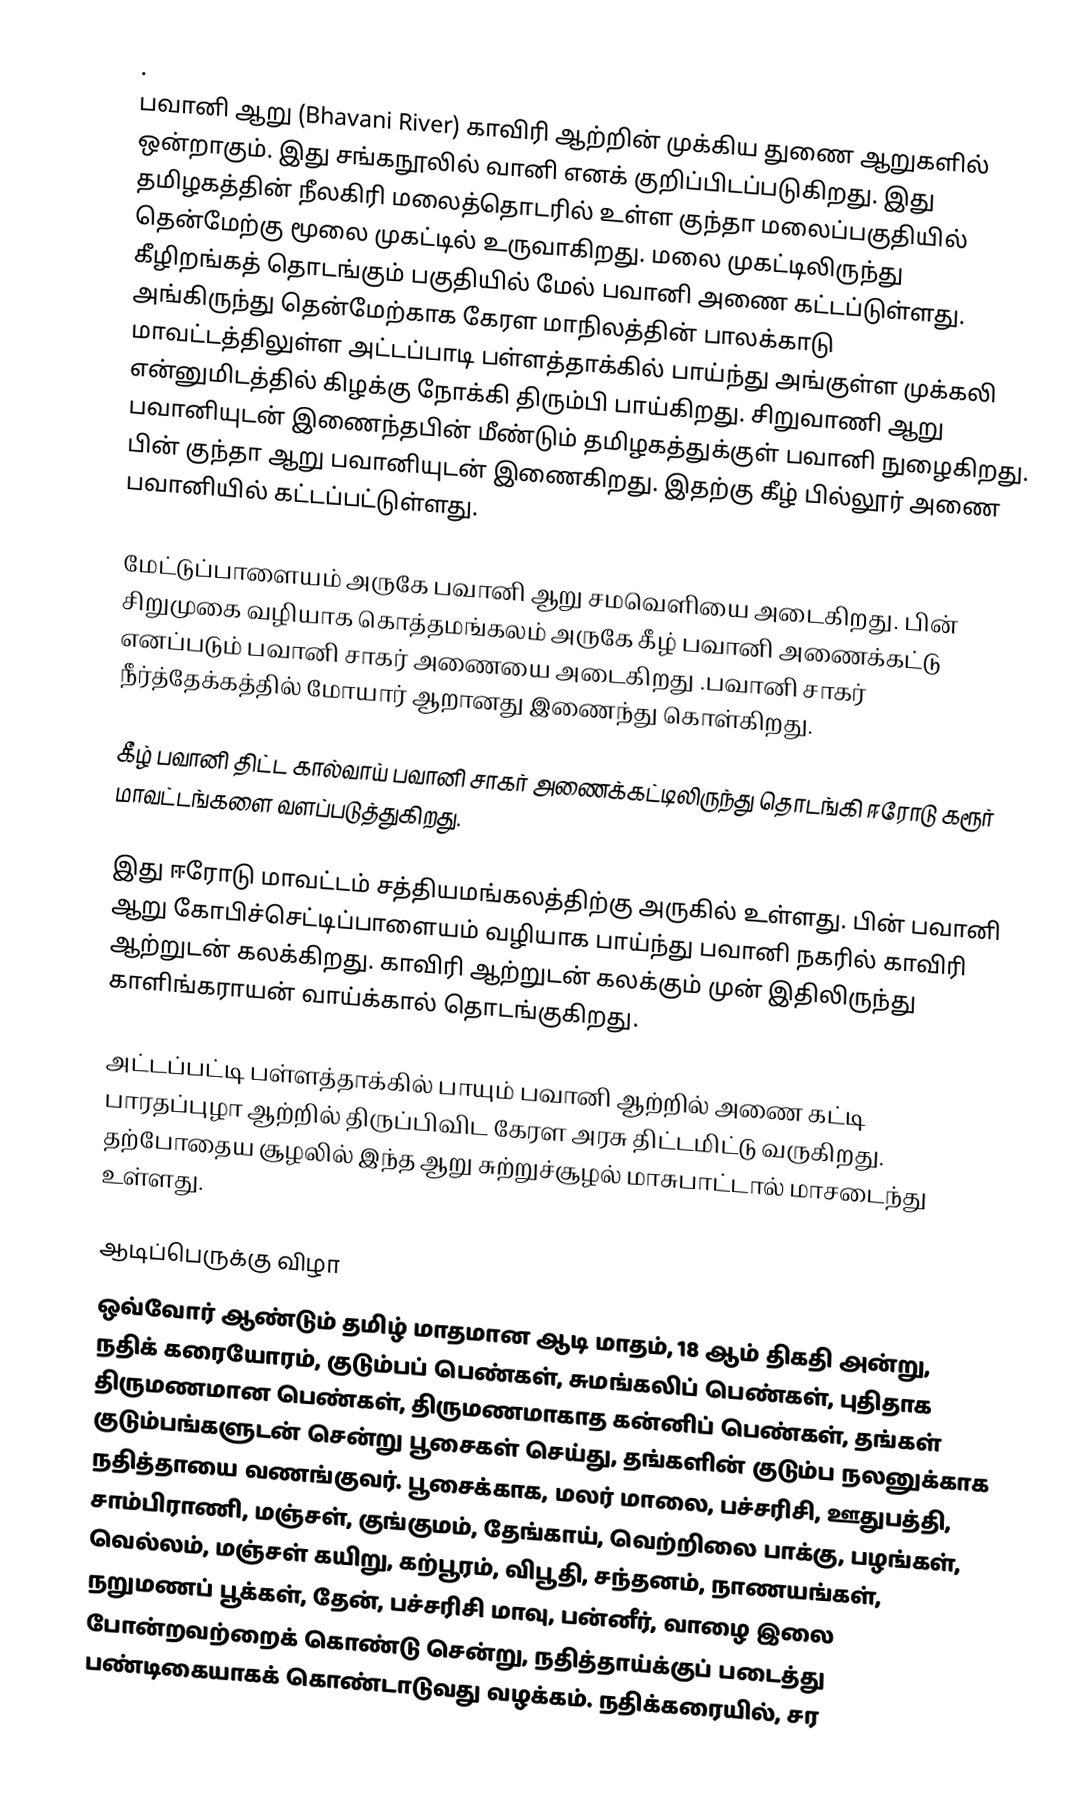
.
பவானி ஆறு (Bhavani River) காவிரி ஆற்றின் முக்கிய துணை ஆறுகளில் ஒன்றாகும். இது சங்கநூலில் வானி எனக் குறிப்பிடப்படுகிறது. இது தமிழகத்தின் நீலகிரி மலைத்தொடரில் உள்ள குந்தா மலைப்பகுதியில் தென்மேற்கு மூலை முகட்டில் உருவாகிறது. மலை முகட்டிலிருந்து கீழிறங்கத் தொடங்கும் பகுதியில் மேல் பவானி அணை கட்டப்டுள்ளது. அங்கிருந்து தென்மேற்காக கேரள மாநிலத்தின் பாலக்காடு மாவட்டத்திலுள்ள அட்டப்பாடி பள்ளத்தாக்கில் பாய்ந்து அங்குள்ள முக்கலி என்னுமிடத்தில் கிழக்கு நோக்கி திரும்பி பாய்கிறது. சிறுவாணி ஆறு பவானியுடன் இணைந்தபின் மீண்டும் தமிழகத்துக்குள் பவானி நுழைகிறது. பின் குந்தா ஆறு பவானியுடன் இணைகிறது. இதற்கு கீழ் பில்லூர் அணை பவானியில் கட்டப்பட்டுள்ளது.

மேட்டுப்பாளையம் அருகே பவானி ஆறு சமவெளியை அடைகிறது. பின் சிறுமுகை வழியாக கொத்தமங்கலம் அருகே கீழ் பவானி அணைக்கட்டு எனப்படும்  பவானி சாகர் அணையை அடைகிறது .பவானி சாகர் நீர்த்தேக்கத்தில் மோயார் ஆறானது இணைந்து கொள்கிறது.

கீழ் பவானி திட்ட கால்வாய் பவானி சாகர் அணைக்கட்டிலிருந்து தொடங்கி ஈரோடு கரூர் மாவட்டங்களை வளப்படுத்துகிறது.

இது ஈரோடு மாவட்டம் சத்தியமங்கலத்திற்கு அருகில் உள்ளது. பின் பவானி ஆறு கோபிச்செட்டிப்பாளையம் வழியாக பாய்ந்து பவானி நகரில் காவிரி ஆற்றுடன் கலக்கிறது. காவிரி ஆற்றுடன் கலக்கும் முன் இதிலிருந்து காளிங்கராயன் வாய்க்கால் தொடங்குகிறது.

அட்டப்பட்டி பள்ளத்தாக்கில் பாயும் பவானி ஆற்றில் அணை கட்டி பாரதப்புழா ஆற்றில் திருப்பிவிட கேரள அரசு திட்டமிட்டு வருகிறது. தற்போதைய சூழலில் இந்த ஆறு சுற்றுச்சூழல் மாசுபாட்டால் மாசடைந்து உள்ளது.

ஆடிப்பெருக்கு விழா
ஒவ்வோர் ஆண்டும் தமிழ் மாதமான ஆடி மாதம், 18 ஆம் திகதி அன்று, நதிக் கரையோரம், குடும்பப் பெண்கள், சுமங்கலிப் பெண்கள், புதிதாக திருமணமான பெண்கள், திருமணமாகாத கன்னிப் பெண்கள், தங்கள் குடும்பங்களுடன் சென்று பூசைகள் செய்து, தங்களின் குடும்ப நலனுக்காக நதித்தாயை வணங்குவர். பூசைக்காக, மலர் மாலை, பச்சரிசி, ஊதுபத்தி, சாம்பிராணி, மஞ்சள், குங்குமம், தேங்காய், வெற்றிலை பாக்கு, பழங்கள், வெல்லம், மஞ்சள் கயிறு, கற்பூரம், விபூதி, சந்தனம், நாணயங்கள், நறுமணப் பூக்கள், தேன், பச்சரிசி மாவு, பன்னீர், வாழை இலை போன்றவற்றைக் கொண்டு சென்று, நதித்தாய்க்குப் படைத்து பண்டிகையாகக் கொண்டாடுவது வழக்கம். நதிக்கரையில், சர